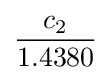
{\frac {c_{2}}{1.4380}}